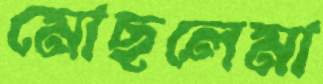
মোছলেমা